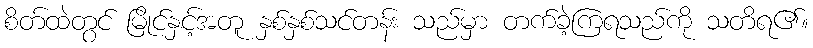
စိတ်ထဲတွင် မြိုင်နှင့်အတူ နှစ်နှစ်သင်တန်း သည်မှာ တက်ခဲ့ကြရသည်ကို သတိရ၏။